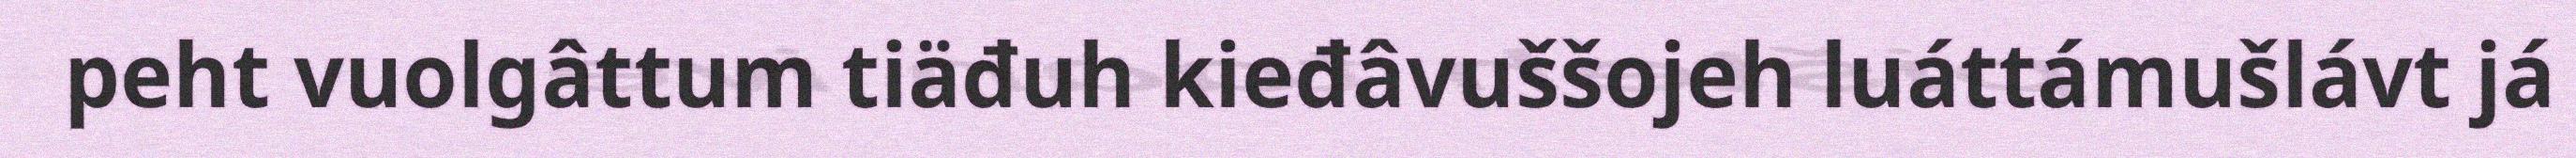
peht vuolgâttum tiäđuh kieđâvuššojeh luáttámušlávt já